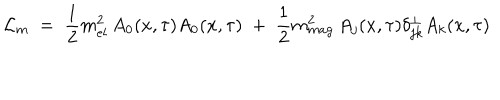
LaTeX: { \mathcal L } _ { m } \; = \; \frac { 1 } { 2 } m _ { e l } ^ { 2 } \, A _ { 0 } ( x , \tau ) A _ { 0 } ( x , \tau ) \; + \; \frac { 1 } { 2 } m _ { m a g } ^ { 2 } \, A _ { j } ( x , \tau ) \delta _ { j k } ^ { \perp } A _ { k } ( x , \tau )